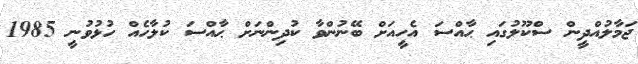
ޖަމާލުއްދީން ސްކޫލުގައި ޙާއްސަ އެހީއަށް ބޭނުންވާ ކުދިންނަށް ޙާއްސަ ކުލާހެއް ހުޅުވުނީ 1985